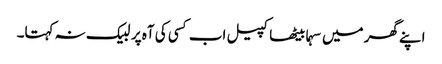
اپنے گھر میں سہما بیٹھا کپیل اب کسی کی آہ پر لبیک نہ کہتا۔